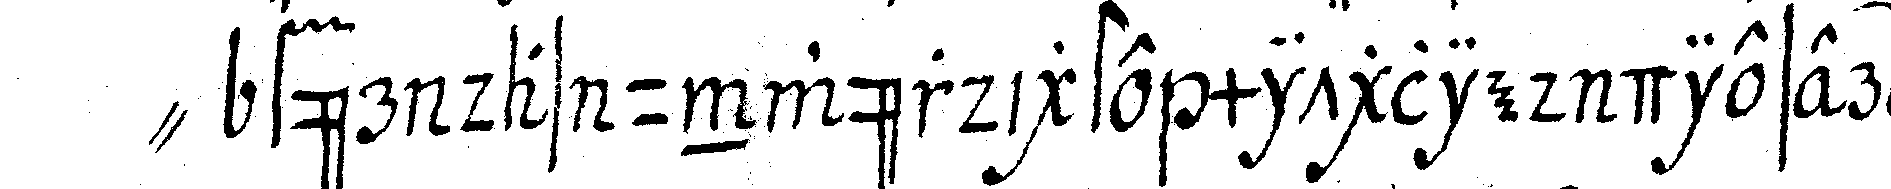
" für das unwürdigste mitglied dieser hoch